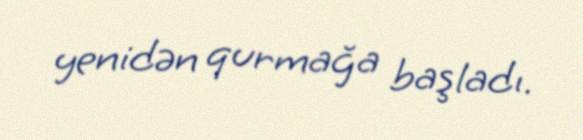
yenidən qurmağa başladı.